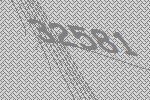
32581